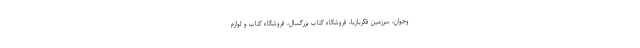
وجوان، سرزمین فکربازیا، فروشگاه کتاب بزرگسال، فروشگاه کتاب و لوازم